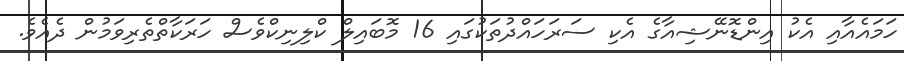
ހަމައެއާއި އެކު އިންޑޮނޭޝިއާގެ އެކި ސަރަހައްދުތަކުގައި 16 މޮބައިލް ކްލިނިކްވެސް ހަރަކާތްތެރިވަމުން ދެއެވެ.